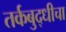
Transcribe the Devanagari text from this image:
तर्कबुद्धीचा